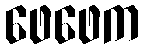
ဖေဖေက